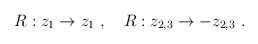
\begin{align*}R:z_1\rightarrow z_1~,~~~R:z_{2,3}\rightarrow -z_{2,3}~.\end{align*}